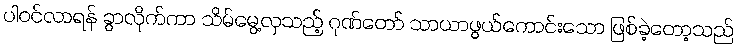
ပါဝင်လာရန် ခွာလိုက်ကာ သိမ်မွေ့လှသည့် ဂုဏ်တော် သာယာဖွယ်ကောင်းသော ဖြစ်ခဲ့တော့သည်